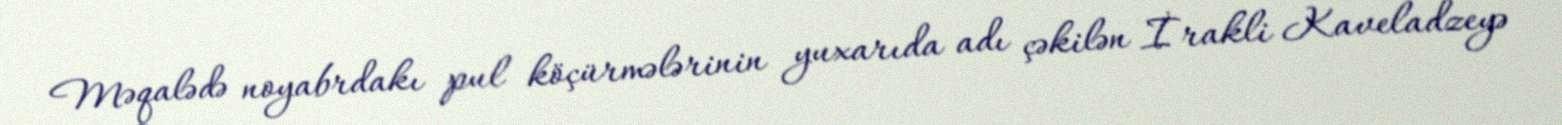
Məqalədə noyabrdakı pul köçürmələrinin yuxarıda adı çəkilən İrakli Kaveladzeyə